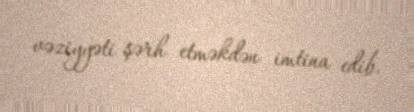
vəziyyəti şərh etməkdən imtina edib.